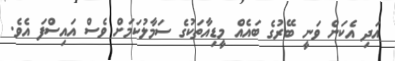
އަދި އެކަން ވަނީ ބޭރުގެ ބައެއް މީޑިއާތަކުގެ ސަމާލުކަމަށް ވެސް އައިސްފަ އެވެ.